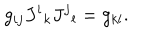
g _ { i j } J ^ { i } { } _ { k } J ^ { j } { } _ { l } = g _ { k l } .